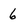
Character: 6